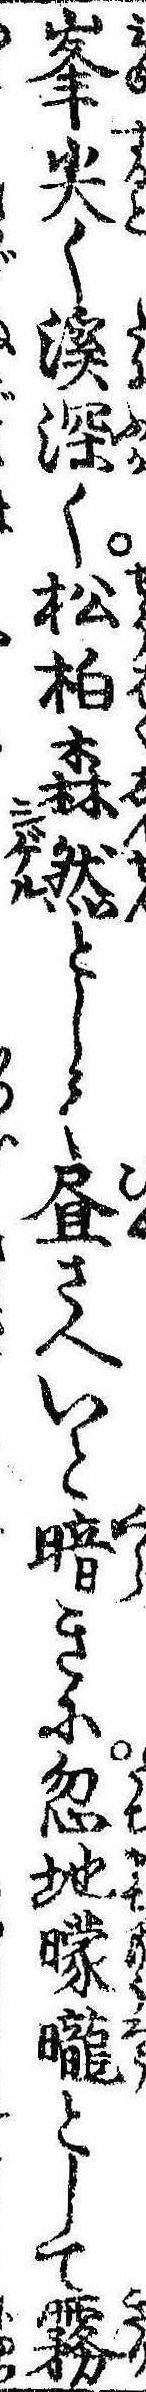
峰尖く渓深く松柏森然として昼さへいと暗きに忽地曚朧として霧